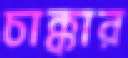
চাক্কার